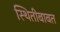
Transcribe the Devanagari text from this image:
स्थितीबाबत